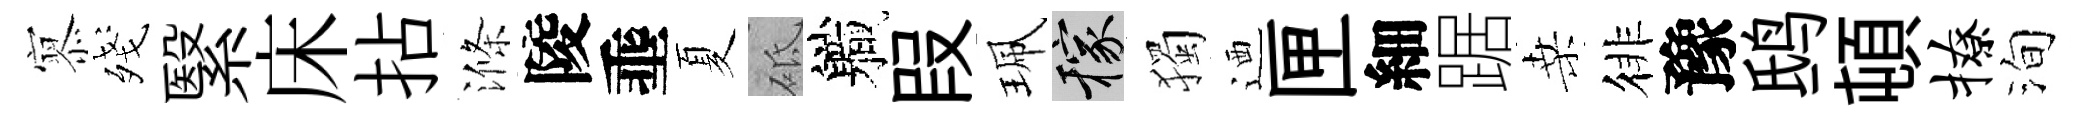
𡪹殘繄床拈滌陵埀夏砥軄叚珮稼獨迺匣細踞桑徘豫鸱頓撩洵